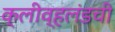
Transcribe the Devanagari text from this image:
क्लीव्हलंडची